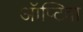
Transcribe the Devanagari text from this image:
ऑप्टिवा